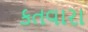
કતવારા